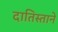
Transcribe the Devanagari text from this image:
दातिस्ताने